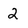
Character: 2